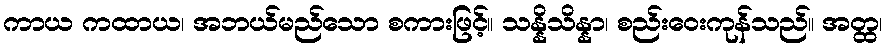
ကာယ ကထာယ၊ အဘယ်မည်သော စကားဖြင့်။ သန္နိသိန္နာ၊ စည်းဝေးကုန်သည်။ အတ္ထ၊